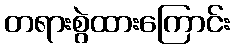
တရားစွဲထားကြောင်း